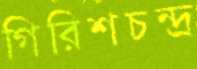
গিরিশচন্দ্র